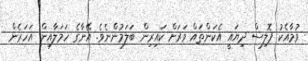
ވުމާއެކު ޕޮލިސް ދިޔައީ އެކަންތައް ވަރަށް ކައިރިން ބަލަމުންނެވެ. އޭނާގެ ހަމަލާއިން އަހަރެން